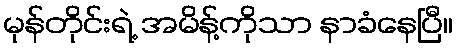
မုန်တိုင်းရဲ့ အမိန့်ကိုသာ နာခံနေပြီ။